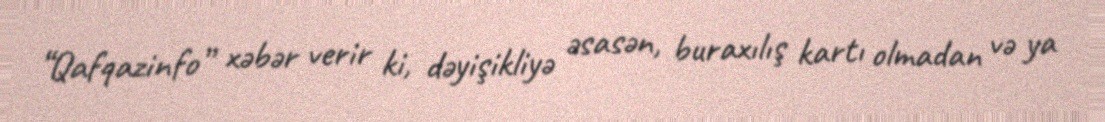
“Qafqazinfo” xəbər verir ki, dəyişikliyə əsasən, buraxılış kartı olmadan və ya